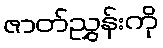
ဇာတ်ညွှန်းကို